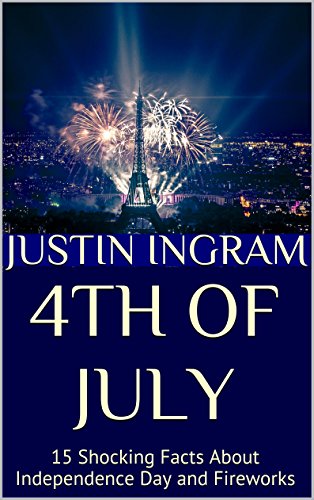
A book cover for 4th of July: 15 Shocking Facts About Independence Day and Fireworks; Justin Ingram; Children's Books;